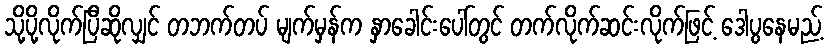
သို့ပို့လိုက်ပြီဆိုလျှင် တဘက်တပ် မျက်မှန်က နှာခေါင်းပေါ်တွင် တက်လိုက်ဆင်းလိုက်ဖြင့် ဒေါပွနေမည့်